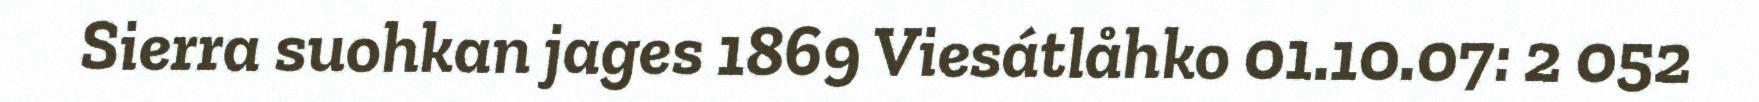
Sierra suohkan jages 1869 Viesátlåhko 01.10.07: 2 052